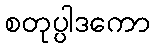
စတုပ္ပါဒကော